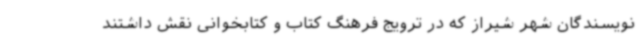
نویسندگان شهر شیراز که در ترویج فرهنگ کتاب و کتابخوانی نقش داشتند